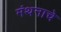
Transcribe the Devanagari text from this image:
मंथनाचे